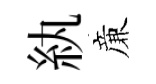
紈亷